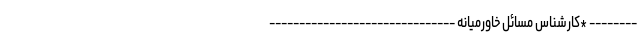
-------- *کارشناس مسائل خاورمیانه -------------------------------